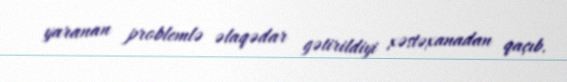
yaranan problemlə əlaqədar gətirildiyi xəstəxanadan qaçıb.